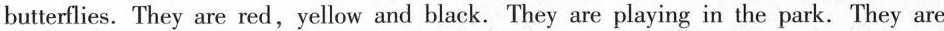
butterflies. They are red, yellow and black. They are playing in the park. They are